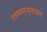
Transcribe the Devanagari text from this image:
स्वरूपानुसंधान